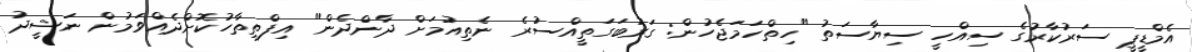
އެމްޑީޕީ ސަރުކާރުގެ ސިއްހީ ސިޔާސަތު "ހިތްހަމަޖެހުން: ގަރުބަގަތީއްސުރެ ނެތިއުމަށް ދާންދެން" އިފްތިތާހުކޮށްދެއްވަމުން ނަޝީދު